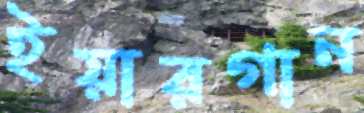
ইয়ারগান